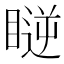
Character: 𥉥